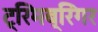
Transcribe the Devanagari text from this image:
ट्रिमब्रिंगर